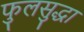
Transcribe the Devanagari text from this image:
फुलसुद्धा